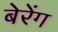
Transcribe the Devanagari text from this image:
बेरेंग